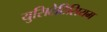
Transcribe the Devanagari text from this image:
युसिटेटिसियम